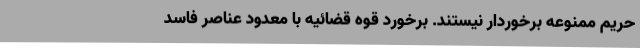
حریم ممنوعه برخوردار نیستند. برخورد قوه قضائیه با معدود عناصر فاسد